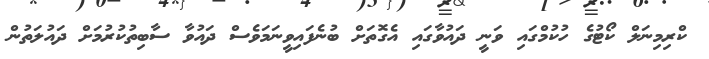
ކްރިމިނަލް ކޯޓުގެ ހުކުމްގައި ވަނީ ދައުވާގައި އެގޮތަށް ބުނެފައިވީނަމަވެސް ދައުވާ ސާބިތުކުރުމަށް ދައުލަތުން